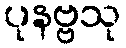
ပုနဗ္ဗသု